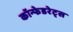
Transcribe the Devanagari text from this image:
कॉन्फेडरेट्स